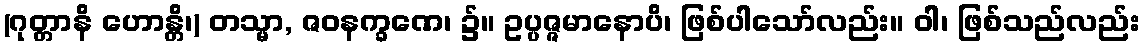
(ဂုတ္တာနိ ဟောန္တိ၊) တသ္မာ, ဇဝနက္ခဏေ၊ ၌။ ဥပ္ပဇ္ဇမာနောပိ၊ ဖြစ်ပါသော်လည်း။ ဝါ၊ ဖြစ်သည်လည်း